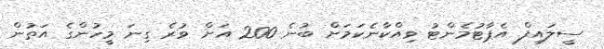
ސީލައިފް އެޕާޓުމެންޓު ވިއްކާނެކަމަށް ބުނެ 200 އަށް ވުރެ ގިނަ މީހުންގެ އަތުން